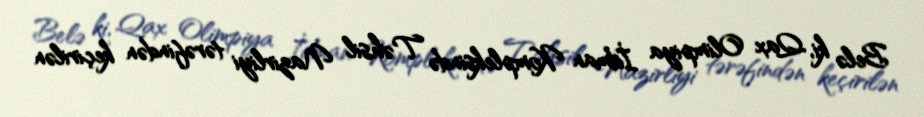
Belə ki, Qax Olimpiya İdman Kompleksində Təhsil Nazirliyi tərəfindən keçirilən